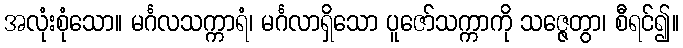
အလုံးစုံသော။ မင်္ဂလသက္ကာရံ၊ မင်္ဂလာရှိသော ပူဇော်သက္ကာကို သဇ္ဇေတွာ၊ စီရင်၍။